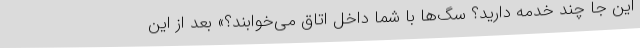
این جا چند خدمه دارید؟ سگ‌ها با شما داخل اتاق می‌خوابند؟» بعد از این